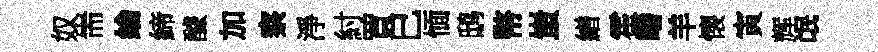
奴耑綸締醵加察淨紂買巳愐鸱幣蚩繒霍皤羊懐寅辉氓